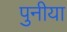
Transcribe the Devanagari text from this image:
पुनीया